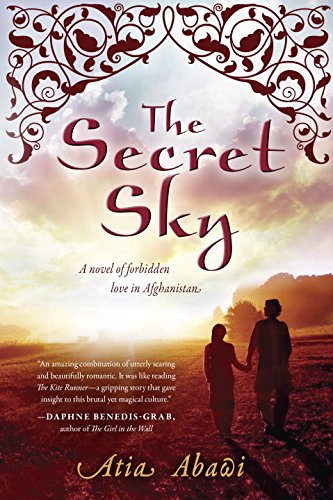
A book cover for The Secret Sky: A Novel of Forbidden Love in Afghanistan; Atia Abawi; Teen & Young Adult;